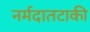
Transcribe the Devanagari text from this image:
नर्मदातटाकी